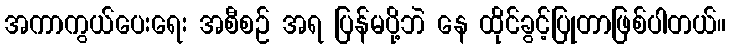
အကာကွယ်ပေးရေး အစီစဉ် အရ ပြန်မပို့ဘဲ နေ ထိုင်ခွင့်ပြုတာဖြစ်ပါတယ်။